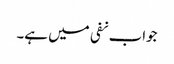
جواب نفی میں ہے۔